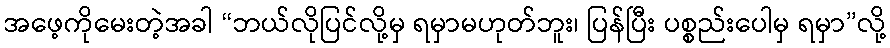
အဖေ့ကိုမေးတဲ့အခါ “ဘယ်လိုပြင်လို့မှ ရမှာမဟုတ်ဘူး၊ ပြန်ပြီး ပစ္စည်းပေါမှ ရမှာ”လို့